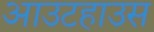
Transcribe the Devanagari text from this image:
आउटहाउस